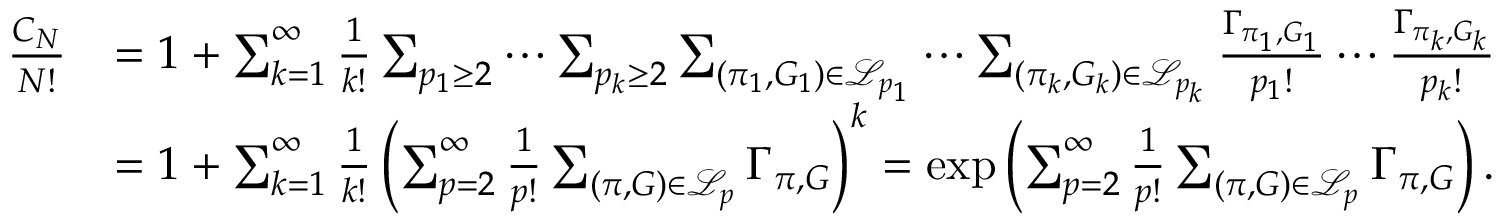
\begin{array} { r l } { \frac { C _ { N } } { N ! } } & { = 1 + \sum _ { k = 1 } ^ { \infty } \frac { 1 } { k ! } \sum _ { p _ { 1 } \geq 2 } \cdots \sum _ { p _ { k } \geq 2 } \sum _ { ( \pi _ { 1 } , G _ { 1 } ) \in \mathcal { L } _ { p _ { 1 } } } \cdots \sum _ { ( \pi _ { k } , G _ { k } ) \in \mathcal { L } _ { p _ { k } } } \frac { \Gamma _ { \pi _ { 1 } , G _ { 1 } } } { p _ { 1 } ! } \cdots \frac { \Gamma _ { \pi _ { k } , G _ { k } } } { p _ { k } ! } } \\ & { = 1 + \sum _ { k = 1 } ^ { \infty } \frac { 1 } { k ! } \left( \sum _ { p = 2 } ^ { \infty } \frac { 1 } { p ! } \sum _ { ( \pi , G ) \in \mathcal { L } _ { p } } \Gamma _ { \pi , G } \right) ^ { k } = \exp \left( \sum _ { p = 2 } ^ { \infty } \frac { 1 } { p ! } \sum _ { ( \pi , G ) \in \mathcal { L } _ { p } } \Gamma _ { \pi , G } \right) . } \end{array}